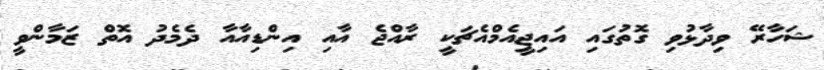
ޝަހާރޭ ވިދާޅުވި ގޮތުގައި އައިޖީއެމްއެޗަކީ ރާއްޖެ އާއި އިންޑިއާއާ ދެމެދު އޮތް ޒަމާންވީ